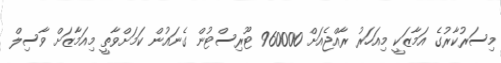
މިސަރުކާރުގެ އަމާޒަކީ މިއަހަރު ރާއްޖެއަށް 960000 ޓޫރިސްޓުން ގެނައުން ކަމަށްވާތީ މިއަމާޒަށް ވާސިލް